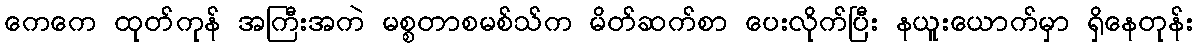
ကေကေ ထုတ်ကုန် အကြီးအကဲ မစ္စတာစမစ်သ်က မိတ်ဆက်စာ ပေးလိုက်ပြီး နယူးယောက်မှာ ရှိနေတုန်း